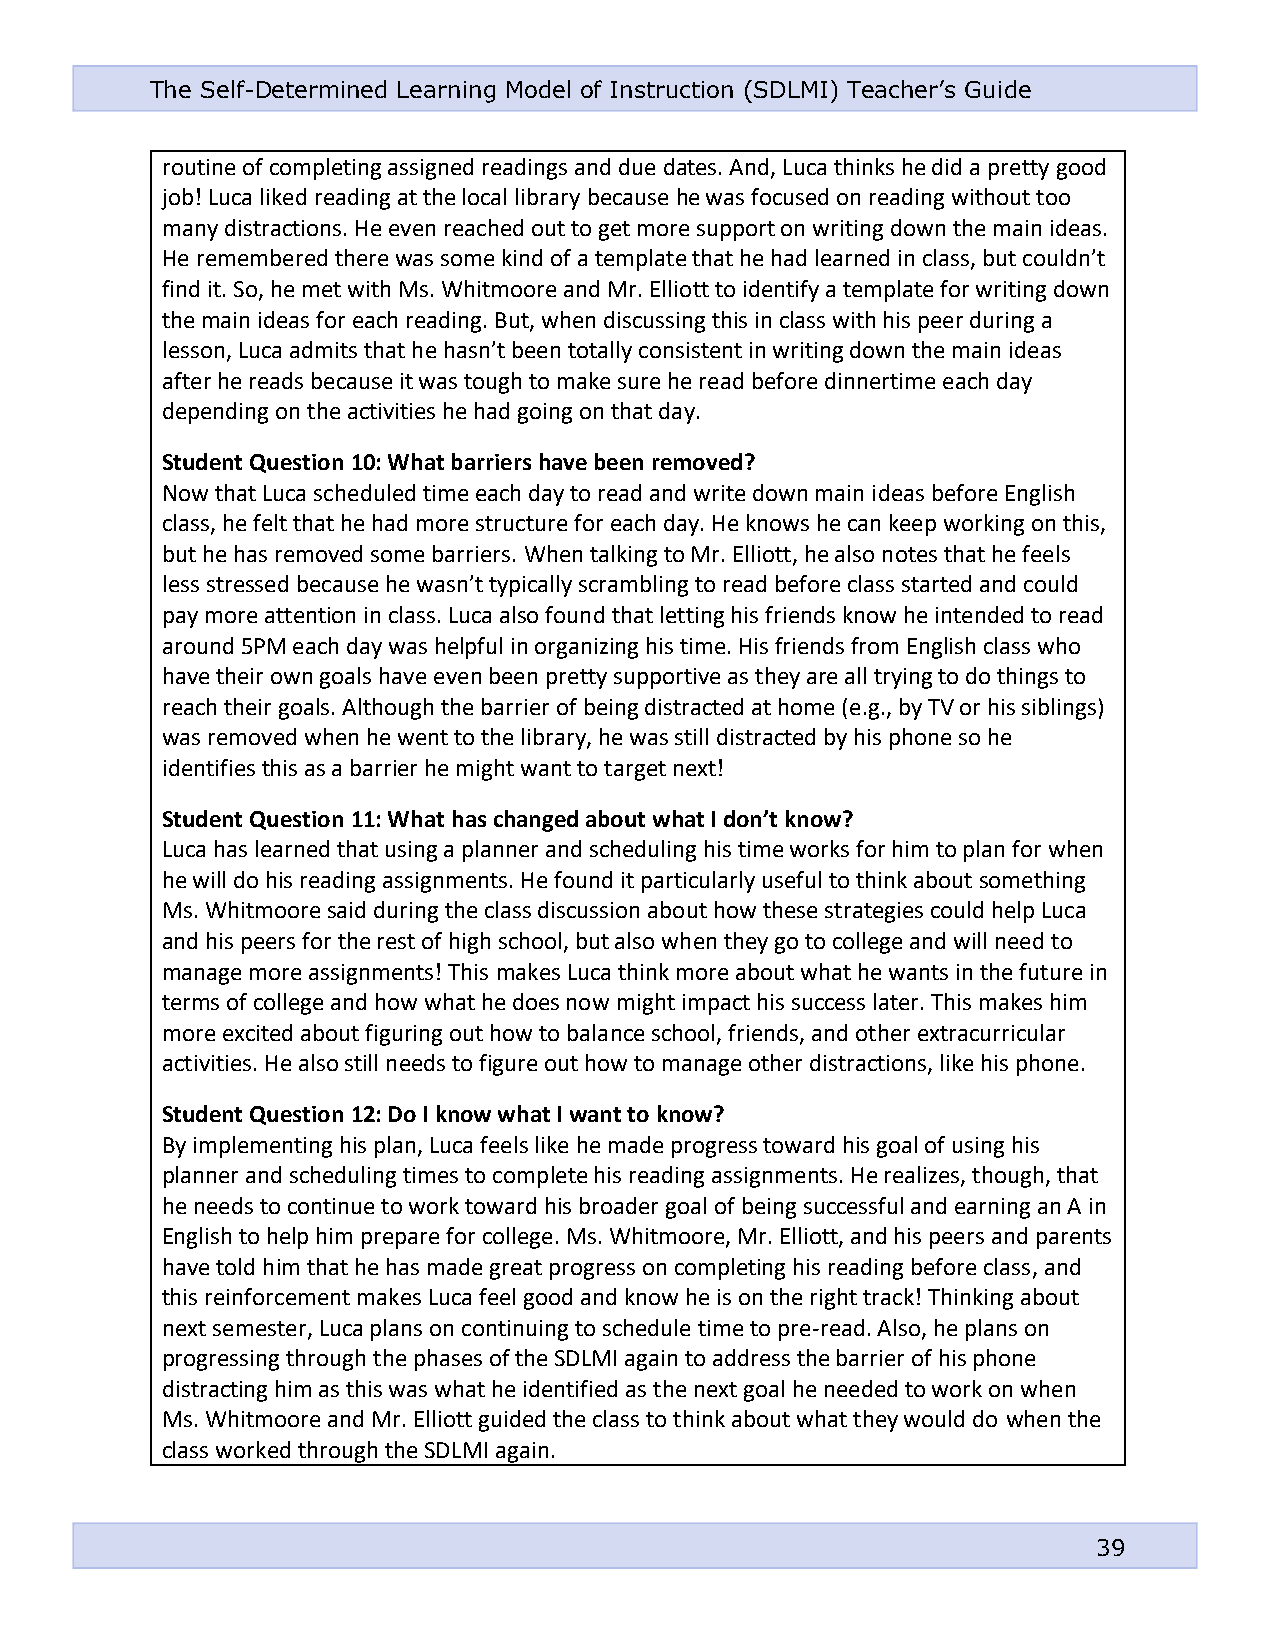
The Self-Determined Learning Model of Instruction (SDLMI) Teacher’s Guide
 routine of completing assigned readings and due dates. And, Luca thinks he did a pretty good
 job! Luca liked reading at the local library because he was focused on reading without too
 many distractions. He even reached out to get more support on writing down the main ideas.
 He remembered there was some kind of a template that he had learned in class, but couldn’t
 find it. So, he met with Ms. Whitmoore and Mr. Elliott to identify a template for writing down
 the main ideas for each reading. But, when discussing this in class with his peer during a
 lesson, Luca admits that he hasn’t been totally consistent in writing down the main ideas
 after he reads because it was tough to make sure he read before dinnertime each day
 depending on the activities he had going on that day.
 Student Question 10: What barriers have been removed?
 Now that Luca scheduled time each day to read and write down main ideas before English
 class, he felt that he had more structure for each day. He knows he can keep working on this,
 but he has removed some barriers. When talking to Mr. Elliott, he also notes that he feels
 less stressed because he wasn’t typically scrambling to read before class started and could
 pay more attention in class. Luca also found that letting his friends know he intended to read
 around 5PM each day was helpful in organizing his time. His friends from English class who
 have their own goals have even been pretty supportive as they are all trying to do things to
 reach their goals. Although the barrier of being distracted at home (e.g., by TV or his siblings)
 was removed when he went to the library, he was still distracted by his phone so he
 identifies this as a barrier he might want to target next!
 Student Question 11: What has changed about what I don’t know?
 Luca has learned that using a planner and scheduling his time works for him to plan for when
 he will do his reading assignments. He found it particularly useful to think about something
 Ms. Whitmoore said during the class discussion about how these strategies could help Luca
 and his peers for the rest of high school, but also when they go to college and will need to
 manage more assignments! This makes Luca think more about what he wants in the future in
 terms of college and how what he does now might impact his success later. This makes him
 more excited about figuring out how to balance school, friends, and other extracurricular
 activities. He also still needs to figure out how to manage other distractions, like his phone.
 Student Question 12: Do I know what I want to know?
 By implementing his plan, Luca feels like he made progress toward his goal of using his
 planner and scheduling times to complete his reading assignments. He realizes, though, that
 he needs to continue to work toward his broader goal of being successful and earning an A in
 English to help him prepare for college. Ms. Whitmoore, Mr. Elliott, and his peers and parents
 have told him that he has made great progress on completing his reading before class, and
 this reinforcement makes Luca feel good and know he is on the right track! Thinking about
 next semester, Luca plans on continuing to schedule time to pre-read. Also, he plans on
 progressing through the phases of the SDLMI again to address the barrier of his phone
 distracting him as this was what he identified as the next goal he needed to work on when
 Ms. Whitmoore and Mr. Elliott guided the class to think about what they would do when the
 class worked through the SDLMI again.
 39